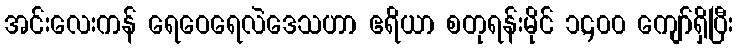
အင်းလေးကန် ရေဝေရေလဲဒေသဟာ ဧရိယာ စတုရန်းမိုင် ၁,၄၀၀ ကျော်ရှိပြီး